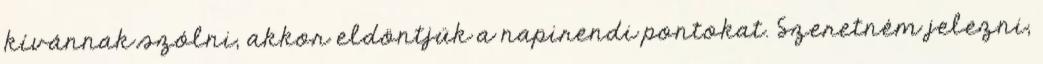
kívánnak szólni, akkor eldöntjük a napirendi pontokat. Szeretném jelezni,